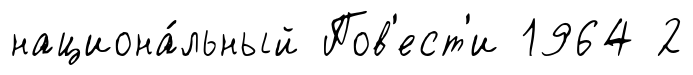
национа́льный Пов'ест'и 1964 2